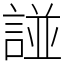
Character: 諩